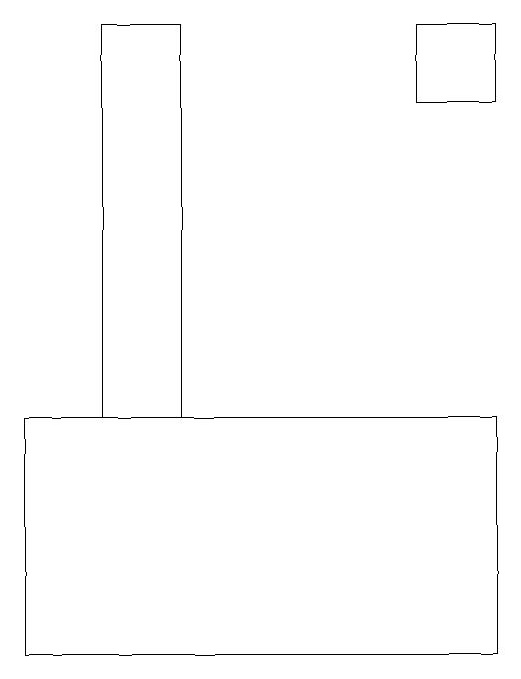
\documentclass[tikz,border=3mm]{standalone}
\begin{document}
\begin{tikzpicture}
\draw (5,19) rectangle (6,18);
\draw (6,14) rectangle (0,11);
\draw (2,19) rectangle (1,14);
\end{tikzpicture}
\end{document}